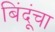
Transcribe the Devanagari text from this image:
बिंदूंचा